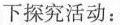
下探究活动：